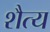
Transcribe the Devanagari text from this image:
शैत्य